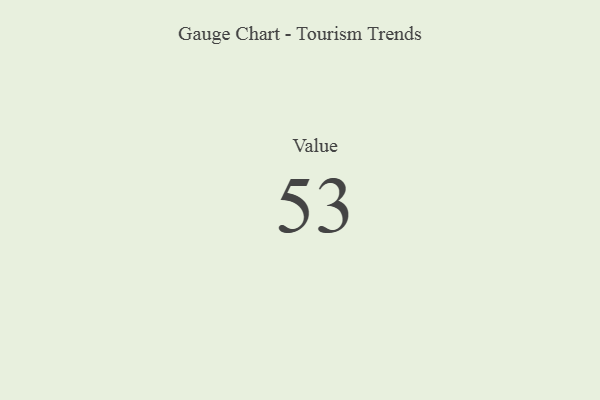
{"axis": {"x": "Metric", "y": "Value"}, "legend": [""], "data": [{"x": "Value", "y": 53, "type": ""}]}